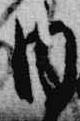
内